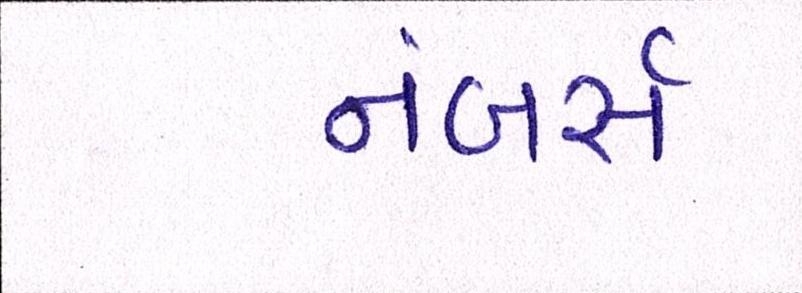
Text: નંબર્સ